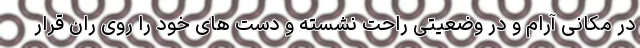
در مکانی آرام و در وضعیتی راحت نشسته و دست های خود را روی ران قرار